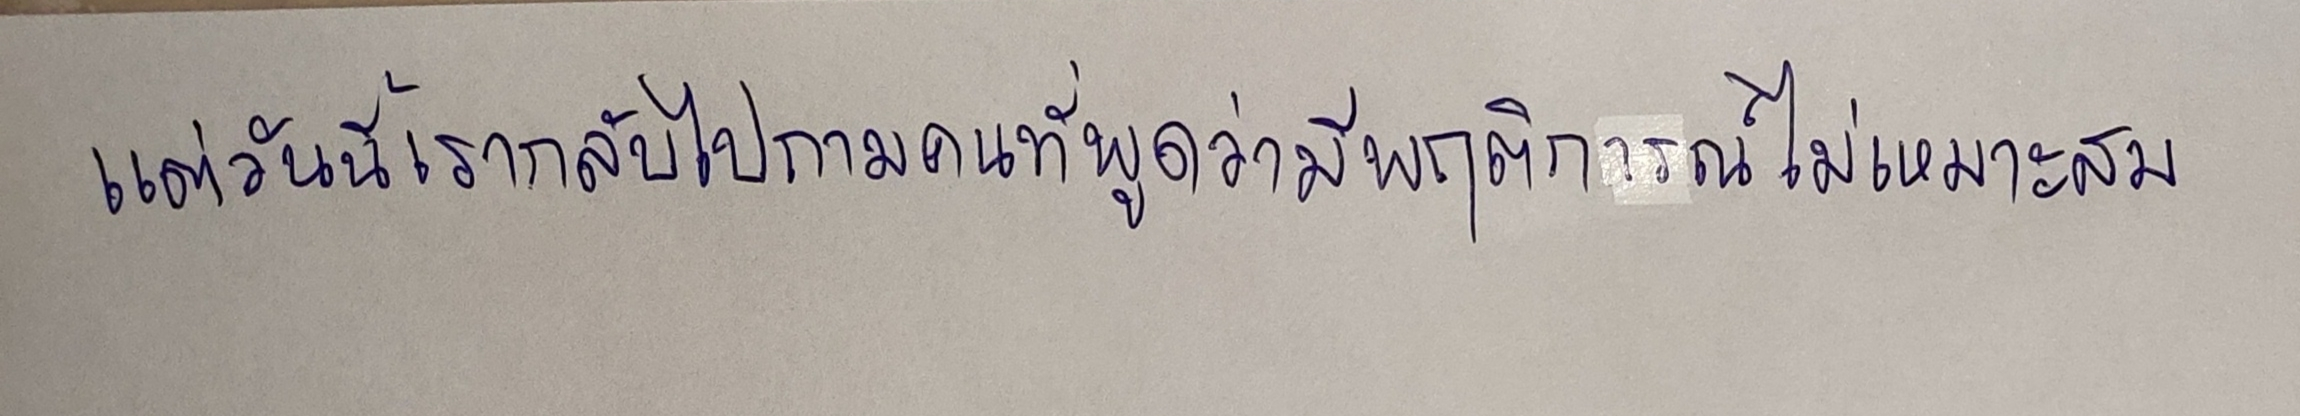
แต่วันนี้เรากลับไปถามคนที่พูดว่ามีพฤติการณ์ไม่เหมาะสม